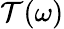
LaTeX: \mathcal{T}(\omega)